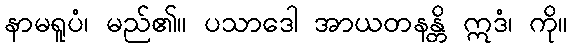
နာမရူပံ၊ မည်၏။ ပသာဒေါ အာယတနန္တိ ဣဒံ၊ ကို။